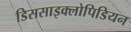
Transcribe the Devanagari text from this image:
डिससाइक्लोपिडियन